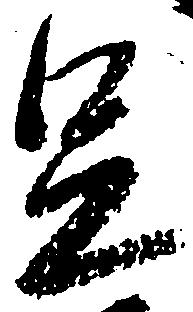
足